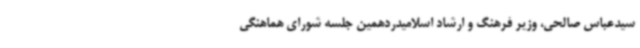
سیدعباس صالحی، وزیر فرهنگ و ارشاد اسلامیدردهمین جلسه شورای هماهنگی